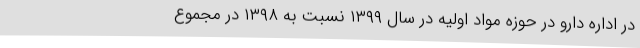
در اداره دارو در حوزه مواد اولیه در سال ۱۳۹۹ نسبت به ۱۳۹۸ در مجموع